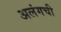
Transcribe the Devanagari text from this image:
अलंगची